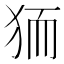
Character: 𭸄